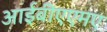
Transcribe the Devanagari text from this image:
आईबीएएमए